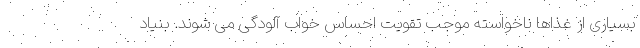
بسیاری از غذاها ناخواسته موجب تقویت احساس خواب آلودگی می شوند. بنیاد